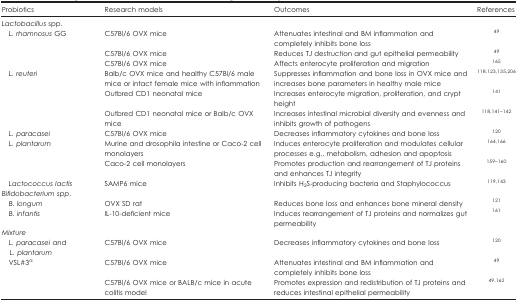
| Probiotics | Research models | Outcomes | References |
 | --- | --- | --- | --- |
 | <COLSPAN=4> Lactobacillus spp. |
 | L. rhamnosus GG | C57Bl/6 OVX mice | Attenuates intestinal and BM inflammation and completely inhibits bone loss | 49 |
 |  | C57Bl/6 OVX mice | Reduces TJ destruction and gut epithelial permeability | 49 |
 |  | C57Bl/6 OVX mice | Affects enterocyte proliferation and migration | 165 |
 | L. reuteri | Balb/c OVX mice and healthy C57Bl/6 male mice or intact female mice with inflammation | Suppresses inflammation and bone loss in OVX mice and increases bone parameters in healthy male mice | 118,123,135,206 |
 |  | Outbred CD1 neonatal mice | Increases enterocyte migration, proliferation, and crypt height | 141 |
 |  | Outbred CD1 neonatal mice or Balb/c OVX mice | Increases intestinal microbial diversity and evenness and inhibits growth of pathogens | 118,141,142 |
 | L. paracasei | C57Bl/6 OVX mice | Decreases inflammatory cytokines and bone loss | 120 |
 | L. plantarum | Murine and drosophila intestine or Caco-2 cell monolayers | Induces enterocyte proliferation and modulates cellular processes e.g., metabolism, adhesion and apoptosis | 164,166 |
 |  | Caco-2 cell monolayers | Promotes production and rearrangement of TJ proteins and enhances TJ integrity | 159,160 |
 | Lactococcus lactis | SAMP6 mice | Inhibits H2S-producing bacteria and Staphylococcus | 119,143 |
 | <COLSPAN=4> Bifidobacteriumspp. |
 | B. longum | OVX SD rat | Reduces bone loss and enhances bone mineral density | 121 |
 | B. infantis | IL-10-deficient mice | Induces rearrangement of TJ proteins and normalizes gut permeability | 161 |
 | <COLSPAN=4> Mixture |
 | L. paracasei and L. plantarum | C57Bl/6 OVX mice | Decreases inflammatory cytokines and bone loss | 120 |
 | VSL#3a | C57Bl/6 OVX mice | Attenuates intestinal and BM inflammation and completely inhibits bone loss | 49 |
 |  | C57Bl/6 OVX mice or BALB/c mice in acute colitis model | Promotes expression and redistribution of TJ proteins and reduces intestinal epithelial permeability | 49,162 |